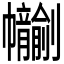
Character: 𢆂